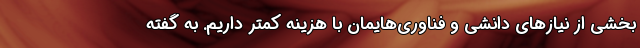
بخشی از نیازهای دانشی و فناوری‌هایمان با هزینه کمتر داریم. به گفته